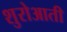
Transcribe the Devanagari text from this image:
शुरोआती